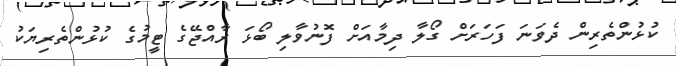
ކުޅުންތެރިން ދެވަނަ ފަހަރަށް ގޯލާ ދިމާއަށް ފޮނުވާލި ބޯޅަ ރާއްޖޭގެ ޓީމުގެ ކުޅުންތެރިޔަކު